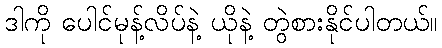
ဒါကို ပေါင်မုန့်လိပ်နဲ့ ယိုနဲ့ တွဲစားနိုင်ပါတယ်။